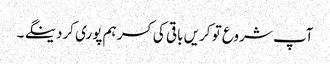
آپ شروع تو کریں باقی کی کسر ہم پوری کردینگے ۔